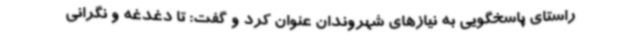
راستای پاسخگویی به نیازهای شهروندان عنوان کرد و گفت: تا دغدغه و نگرانی